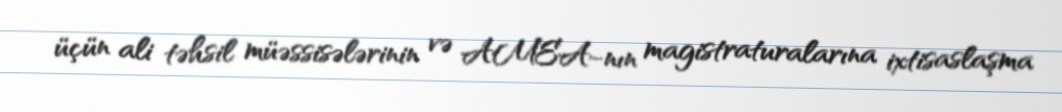
üçün ali təhsil müəssisələrinin və AMEA-nın magistraturalarına ixtisaslaşma